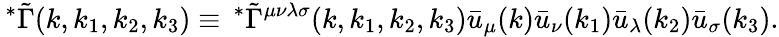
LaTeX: \, ^{\ast}\tilde{\Gamma}(k,k_{1},k_{2},k_{3})\equiv\, ^{\ast}\tilde{\Gamma}^{\mu\nu\lambda\sigma}(k,k_{1},k_{2},k_{3})\bar{u}_{\mu}(k)\bar{u}_{\nu}(k_{1})\bar{u}_{\lambda}(k_{2})\bar{u}_{\sigma}(k_{3}).